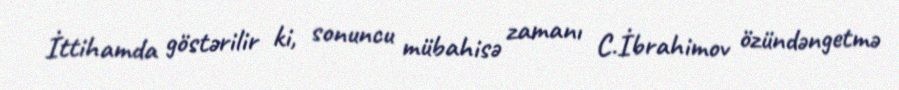
İttihamda göstərilir ki, sonuncu mübahisə zamanı C.İbrahimov özündəngetmə